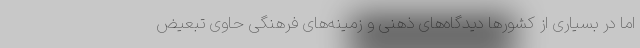
اما در بسیاری از کشورها دیدگاه‌های ذهنی و زمینه‌های فرهنگی حاوی تبعیض